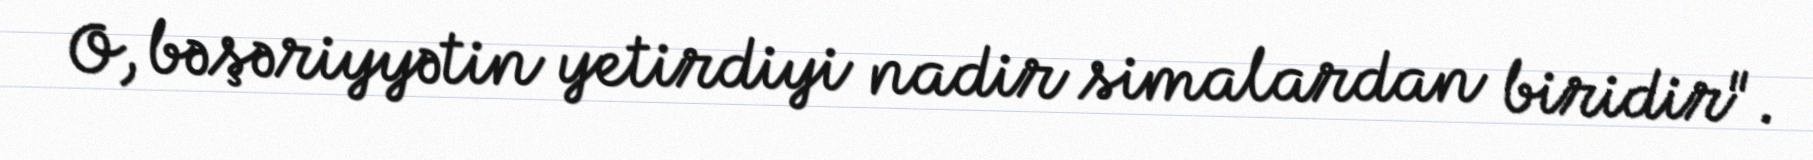
O, bəşəriyyətin yetirdiyi nadir simalardan biridir".